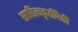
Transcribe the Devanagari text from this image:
साहित्यकृतींपैकी